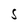
Character: S